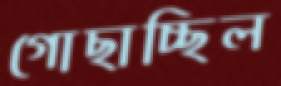
গোছাচ্ছিল